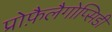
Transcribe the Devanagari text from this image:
प्रोफ़ैलैगोप्सिडी